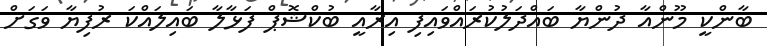
ބާންކީ މޫންއާ ދުންޔާ ބައްދަލުކުރައްވައިފި އިރާއީ ބުކްޝޮޕް ފަޅާލާ ބައިލައްކަ ރުފިޔާ ވަގަށް